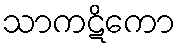
သာကဋိကော